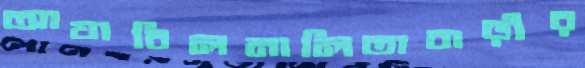
আযাবিলনালিতাবাড়ীর